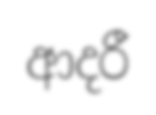
ආදරී